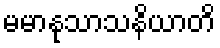
မမာနုသာသနိယာတိ